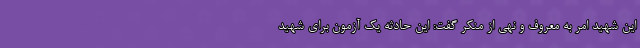
این شهید امر به معروف و نهی از منکر گفت: این حادثه یک آزمون برای شهید